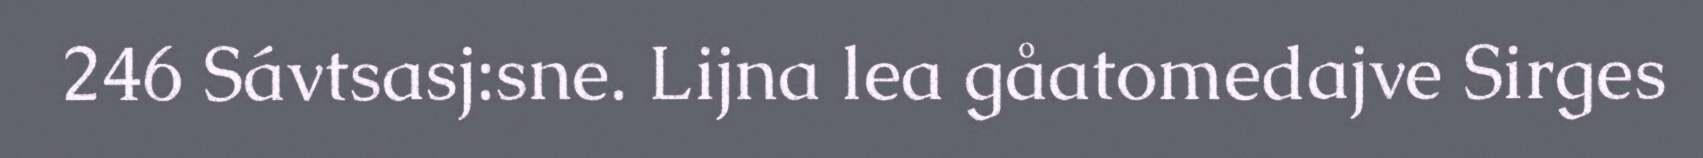
246 Sávtsasj:sne. Lijna lea gåatomedajve Sirges